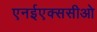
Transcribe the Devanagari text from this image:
एनईएक्ससीओ